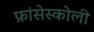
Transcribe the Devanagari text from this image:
फ्रांसेस्कोली